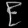
Digit: ၉